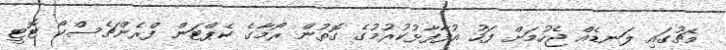
މެޗުގައި ލަނޑެއް ޖެހުމަށް ފަހު އުފާފާޅުކުރުމުގެ ގޮތުން ރޯމާގެ ކެޕްޓަން ފްރެންޗެސްކޯ ޓޮޓީ